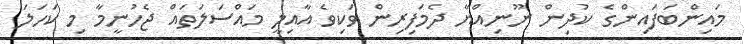
މައިންބަފައިންގެ ކުދިން ނޫނިއްޔާ ދެމަފިރިން ވަކިވެ އާއިލީ މައްސަލަތައް ޖެހުނީމާ މި ކަހަލަ